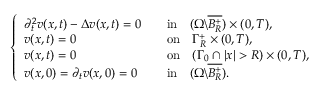
\begin{array} { r } { \left\{ \begin{array} { l l l } { \partial _ { t } ^ { 2 } v ( x , t ) - \Delta v ( x , t ) = 0 } & & { \mathrm { i n } \quad ( \Omega \backslash \overline { { B _ { R } ^ { + } } } ) \times ( 0 , T ) , } \\ { v ( x , t ) = 0 \quad } & & { \mathrm { o n } \quad \Gamma _ { R } ^ { + } \times ( 0 , T ) , } \\ { v ( x , t ) = 0 \quad } & & { \mathrm { o n } \quad ( \Gamma _ { 0 } \cap | x | > R ) \times ( 0 , T ) , } \\ { v ( x , 0 ) = \partial _ { t } v ( x , 0 ) = 0 } & & { \mathrm { i n } \quad ( \Omega \backslash \overline { { B _ { R } ^ { + } } } ) . } \end{array} \right. } \end{array}